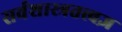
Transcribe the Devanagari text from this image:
सर्वशास्त्रतत्त्वज्ञ